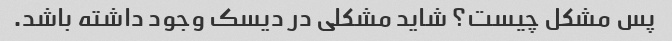
پس مشکل چیست؟ شاید مشکلی در دیسک وجود داشته باشد.